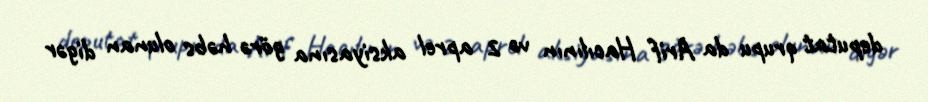
deputat qrupu da Arif Hacılının və 2 aprel aksiyasına görə həbs olunan digər